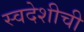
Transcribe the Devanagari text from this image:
स्वदेशीची